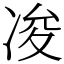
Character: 𠗕